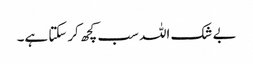
بے شک اللہ سب کچھ کرسکتا ہے۔